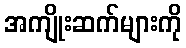
အကျိုးဆက်များကို